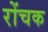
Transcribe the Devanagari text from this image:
रोंचक